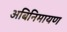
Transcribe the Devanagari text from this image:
अबिनिमायण